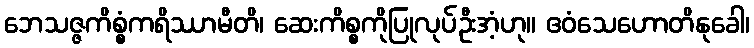
ဘေသဇ္ဇကိစ္စံကရိဿာမီတိ၊ ဆေးကိစ္စကိုပြုလုပ်ဦးအံ့ဟု။ ဧဝံသေဟောတိနုခေါ၊